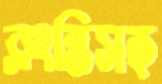
ক্লান্তিসহ